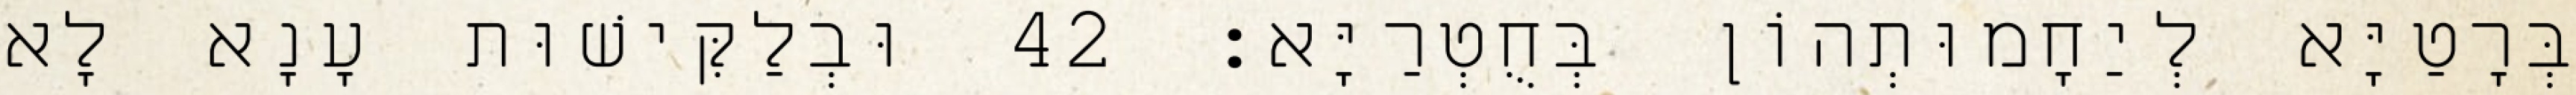
בְּרָטַיָּא לְיַחָמוּתְהוֹן בְּחֻטְרַיָּא׃ 42 וּבְלַקִּישׁוּת עָנָא לָא